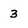
Character: 3